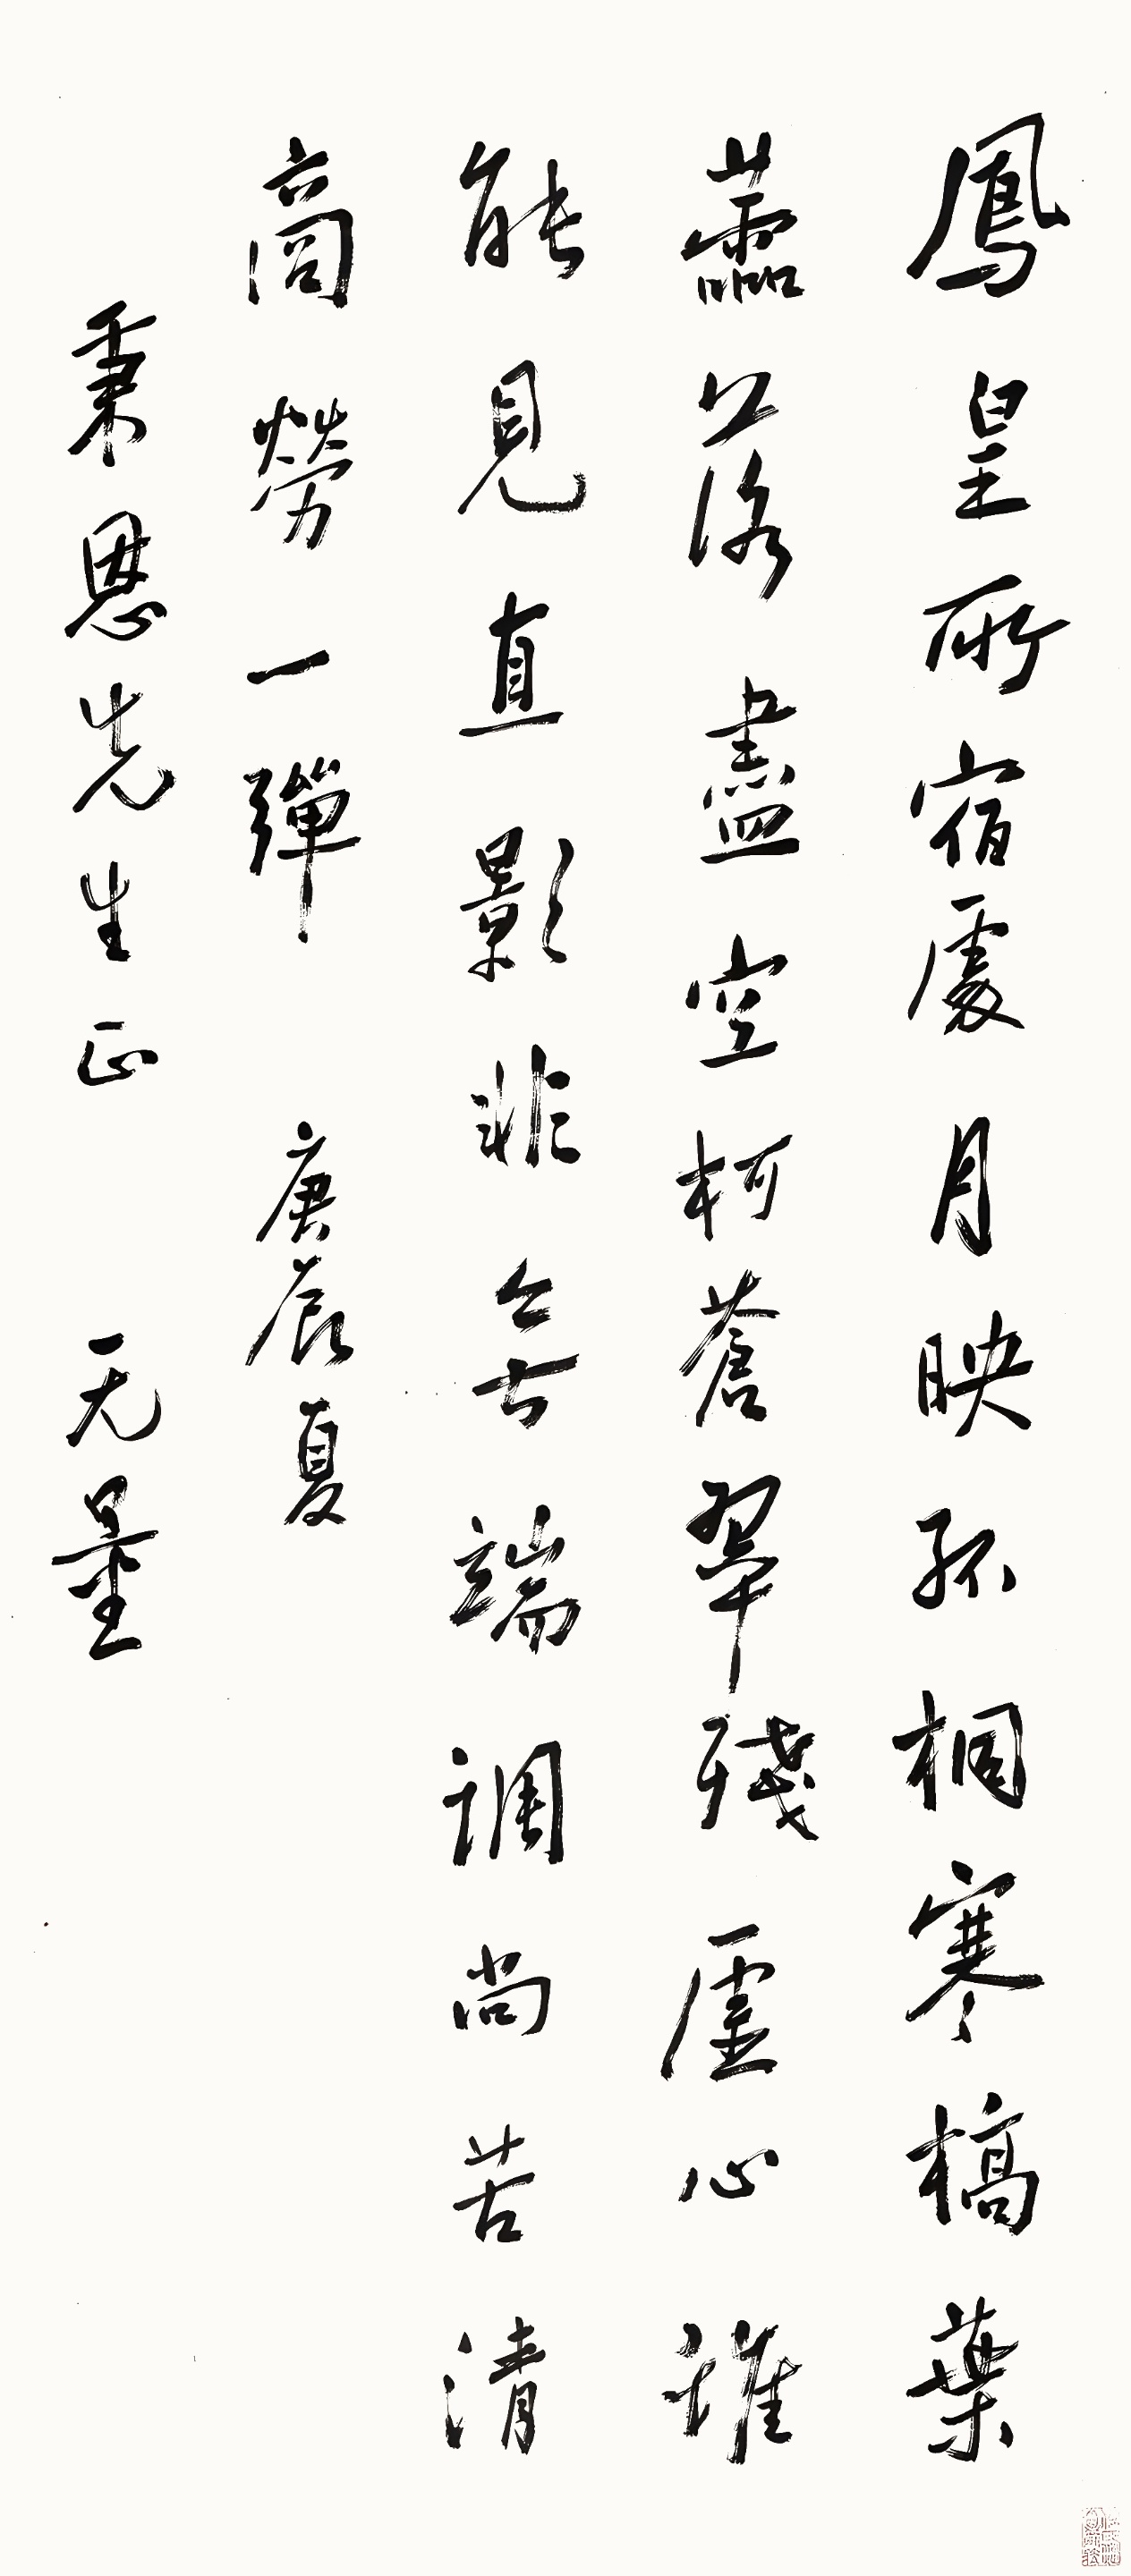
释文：凤皇所宿处，月映孤桐寒。槁叶零落尽，空柯苍翠残。虚心谁能见，直影非无端。调尚苦清商劳一弹。庚辰夏，秉恩先生正，无量。